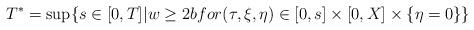
LaTeX: \begin{align*} T^*=\sup\{s\in[0,T]|w\geq 2bfor (\tau,\xi,\eta)\in[0,s]\times[0,X]\times \{\eta=0\}\}\end{align*}